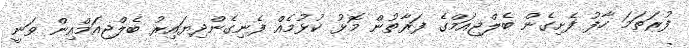
ފުރަތަމަ ހާފު ފެށިގެން ބެލްޖިއަމްގެ ފަރާތުން މޮޅު ކުޅުމެއް ފެނިގެންދިޔައިރު ބެލްޖިއަމްއިން ވަނީ